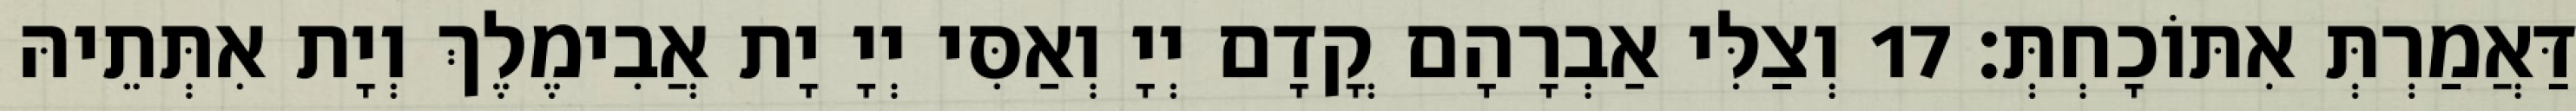
דַּאֲמַרְתְּ אִתּוֹכָחְתְּ׃ 17 וְצַלִּי אַבְרָהָם קֳדָם יְיָ וְאַסִּי יְיָ יָת אֲבִימֶלֶךְ וְיָת אִתְּתֵיהּ